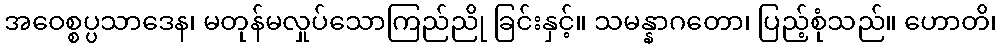
အဝေစ္စပ္ပသာဒေန၊ မတုန်မလှုပ်သောကြည်ညို ခြင်းနှင့်။ သမန္နာဂတော၊ ပြည့်စုံသည်။ ဟောတိ၊